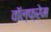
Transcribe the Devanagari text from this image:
वॉल्फ्रेम